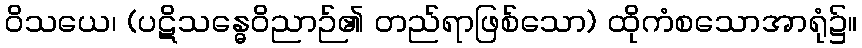
ဝိသယေ၊ (ပဋိသန္ဓေဝိညာဉ်၏ တည်ရာဖြစ်သော) ထိုကံစသောအာရုံ၌။